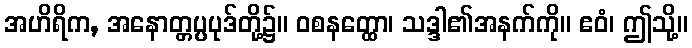
အဟိရိက, အနောတ္တပ္ပပုဒ်တို့၌။ ဝစနတ္ထော၊ သဒ္ဒါ၏အနက်ကို။ ဧဝံ၊ ဤသို့။